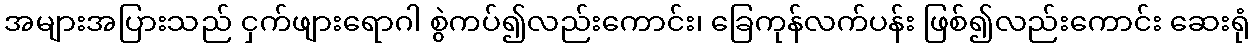
အများအပြားသည် ငှက်ဖျားရောဂါ စွဲကပ်၍လည်းကောင်း၊ ခြေကုန်လက်ပန်း ဖြစ်၍လည်းကောင်း ဆေးရုံ